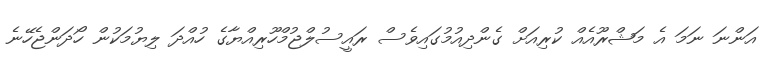
އަންނަ ނަމަ އެ މަޝްރޫއެއް ކުރިއަށް ގެންދިއުމުގައިވެސް ރައީސުލްޖުމްހޫރިއްޔާގެ ހުއްދަ ލިޔުމަކުން ހޯދަންޖެހޭނެ